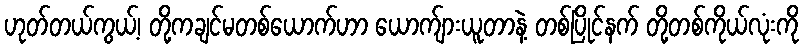
ဟုတ်တယ်ကွယ့်၊ တို့ကချင်မတစ်ယောက်ဟာ ယောက်ျားယူတာနဲ့ တစ်ပြိုင်နက် တို့တစ်ကိုယ်လုံးကို